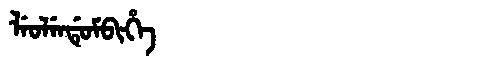
Manchu: ᠯᡝᠣᠯᡝᠨᡩᡠᠮᠪᡳᡥᡝ
Romanization: LEOLENDUMBIHE